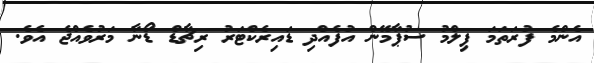
އެންމެ ފުރަތަމަ ފިލްމު ސުޕާމޭން އުފެއްދި ޑައިރެކްޓަރު ރިޗާޑް ޑޯނާ މަރުވެއްޖެ އެވެ.